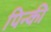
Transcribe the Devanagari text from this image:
पिन्की